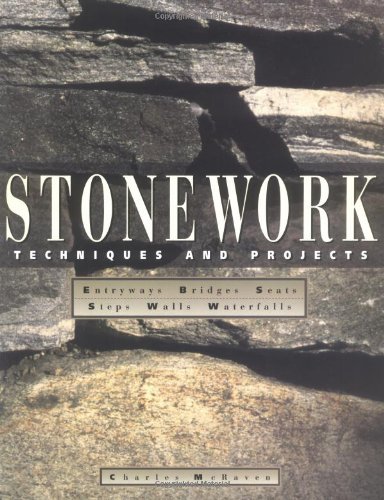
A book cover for Stonework: Techniques and Projects; Charles McRaven; Crafts, Hobbies & Home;